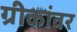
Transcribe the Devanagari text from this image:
ग्रीकांवर